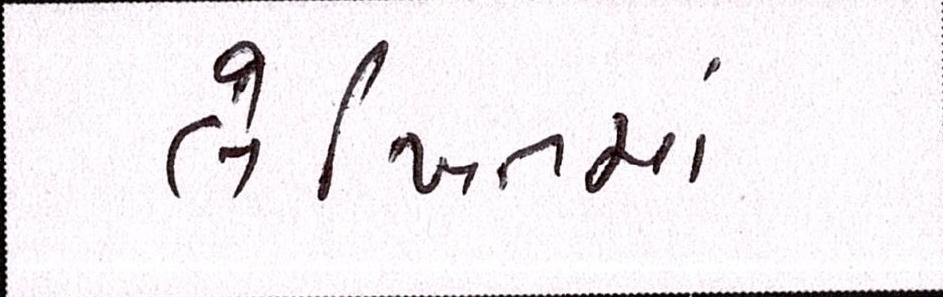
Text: લેખિતમાં